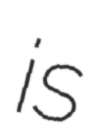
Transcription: is